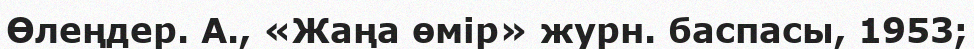
Өлеңдер. А., «Жаңа өмір» журн. баспасы, 1953;